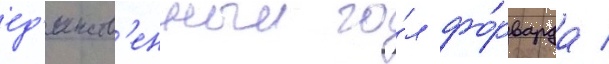
ед'инств'енныи го́л фо́рварда /